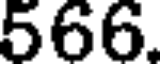
566.